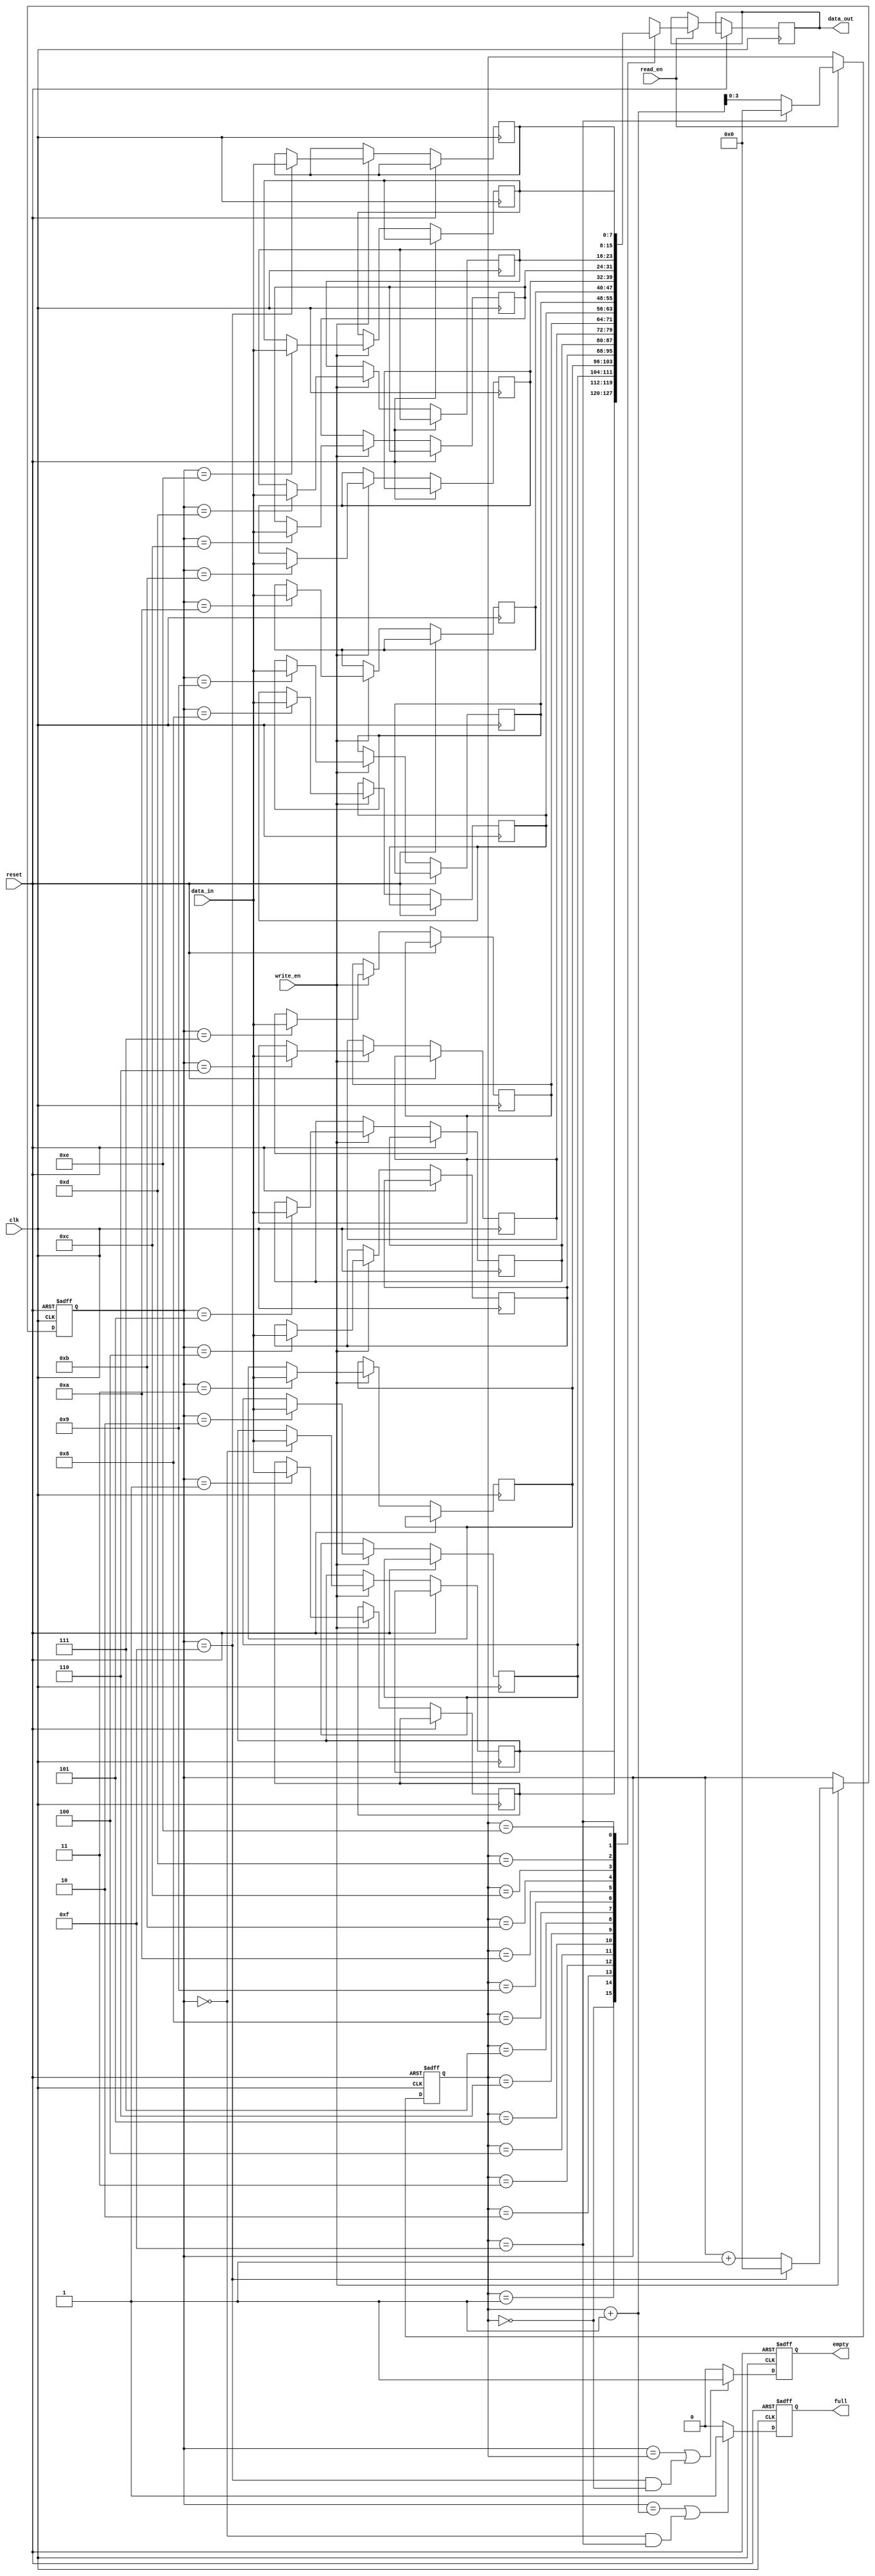
module synchronous_fifo (
  input wire clk,
  input wire reset,
  input wire write_en,
  input wire read_en,
  input wire [7:0] data_in,
  output reg [7:0] data_out,
  output reg full,
  output reg empty
);

reg [7:0] fifo [0:15]; // Fifo depth of 16
reg [3:0] read_ptr;
reg [3:0] write_ptr;

always @(posedge clk or posedge reset) begin
  if (reset) begin
    read_ptr <= 4'd0;
    write_ptr <= 4'd0;
    full <= 1'b0;
    empty <= 1'b1;
  end else begin
    if (write_en) begin
      fifo[write_ptr] <= data_in;
      write_ptr <= write_ptr + 1;
      if (write_ptr == 4'd15) begin
        write_ptr <= 4'd0;
      end
    end
    
    if (read_en) begin
      data_out <= fifo[read_ptr];
      read_ptr <= read_ptr + 1;
      if (read_ptr == 4'd15) begin
        read_ptr <= 4'd0;
      end
    end
    
    if (write_ptr == (read_ptr + 1) || (write_ptr == 4'd0 && read_ptr == 4'd15)) begin
      full <= 1'b1;
    end else begin
      full <= 1'b0;
    end
    
    if (write_ptr == read_ptr || (write_ptr == 4'd15 && read_ptr == 4'd0)) begin
      empty <= 1'b1;
    end else begin
      empty <= 1'b0;
    end
  end
end

endmodule